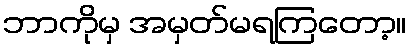
ဘာကိုမှ အမှတ်မရကြတော့။